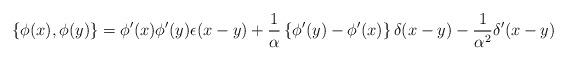
LaTeX: \begin{align*}\left\{ \phi( x ) , \phi( y )\right\} = \phi'(x)\phi'(y)\epsilon(x-y) +{1 \over \alpha}\left\{ \phi'(y) - \phi'(x) \right\}\delta(x-y) -{1 \over \alpha^2}\delta'(x-y)\end{align*}